Lunatic asylums Burma 1907-21 - 1907-1921
Year: 1907
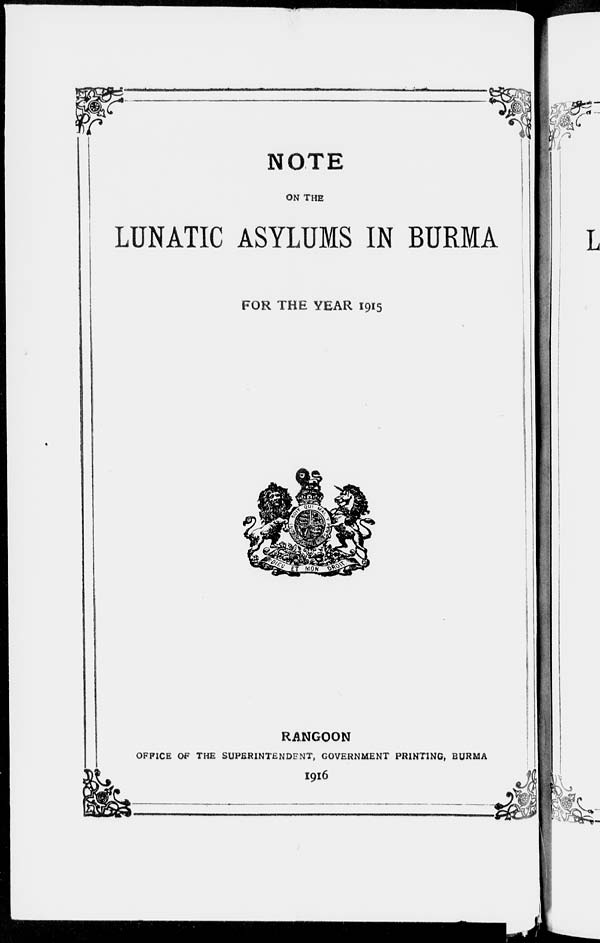
NOTE
ON THE
LUNATIC ASYLUMS IN BURMA
FOR THE YEAR 1915
RANGOON
OFFICE OF THE SUPERINTENDENT, GOVERNMENT PRINTING, BURMA
1916